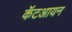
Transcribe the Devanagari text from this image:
कॅटआयन